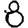
Digit: 8